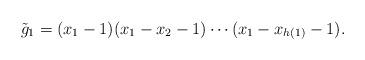
LaTeX: \begin{align*}\begin{aligned}\tilde{g}_1&=(x_1 -1)(x_1-x_2 -1)\cdots (x_1-x_{h(1)} -1).\end{aligned}\end{align*}